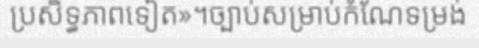
ប្រសិទ្ធភាពទៀត»។ច្បាប់សម្រាប់កំណែទម្រង់